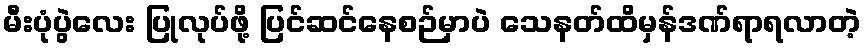
မီးပုံပွဲလေး ပြုလုပ်ဖို့ ပြင်ဆင်နေစဉ်မှာပဲ သေနတ်ထိမှန်ဒဏ်ရာရလာတဲ့